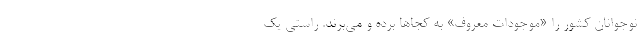
نوجوانان کشور را «موجودات معروف» به کجاها برده و می‌برند. راستی یک